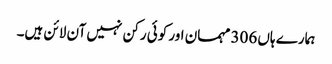
ہمارے ہاں 306 مہمان اور کوئی رکن نہیں آن لائن ہیں۔